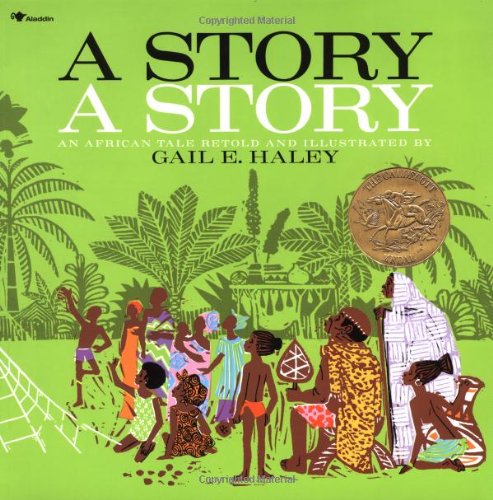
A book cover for A Story, a Story; Gail E. Haley; Children's Books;